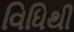
વિધિથી